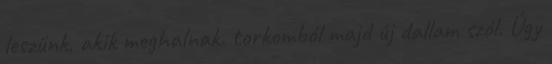
leszünk, akik meghalnak. torkomból majd új dallam szól. Úgy